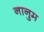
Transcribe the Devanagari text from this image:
नानुम